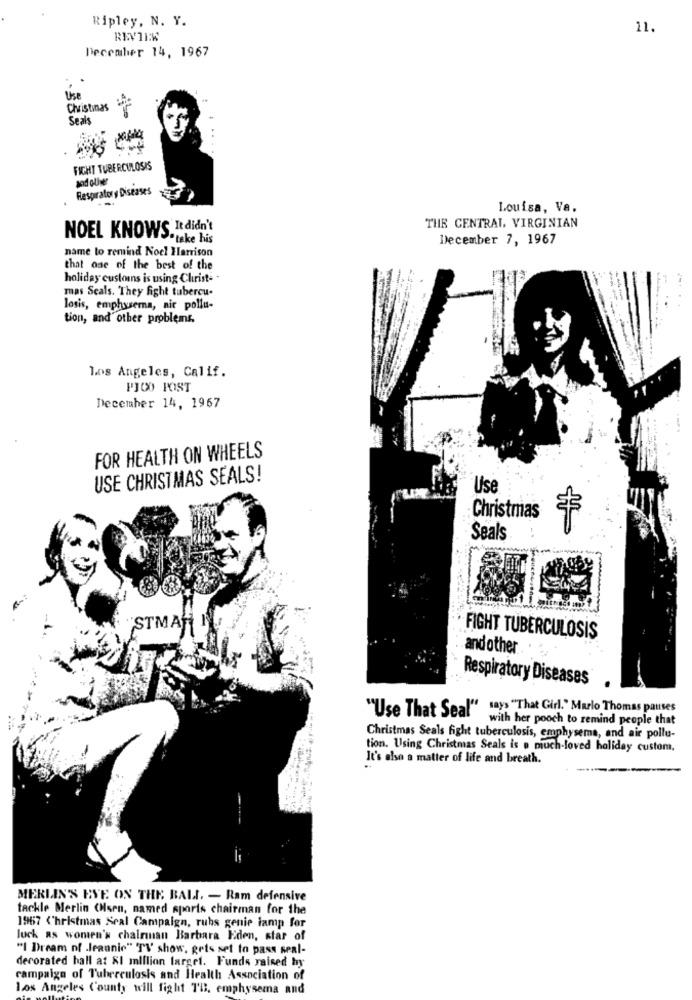
Ripley, N. Y.
11.
December 14, 1967
Christinas
Seals
FIGHT TUBERCULOSIS
sod oliwer
Respiratory Diseases
Louisa, Va.
THE CENTRAL, VIRGINIAN
NOEL KNOWS. It didn't
.take his
December 7, 1967
name to remind Nocl Harrison
that one of the best of the
holiday customns is using Christ- "
mas Seals. They fight tubercu-
losis, emphysema, air pollu-
tion, and other problems.
los Angeles, Calif.
PICO POST
December 14, 1967
FOR HEALTH ON WHEELS
USE CHRISTMAS SEALS!
Use
Christmas
Seals
FIGHT TUBERCULOSIS
andother
Respiratory Diseases
"Use That Seal" says "That Girl." Marlo Thomas pauses
with her pooch to remind people that
Christmas Seals fight tuberculosis, emphysema, and air pollu-
tion. Using Christmas Seals is » much-loved holiday custom,
It's also a matter of life and breath.
MERLIN'S EVE ON THE BALL. - Ram defensive
tackle Merlin ONsen, named sports chairman for the
1967 Christmas Seal Campaign, ruhs genie lamp for
luck as women's chairman Barbara Eden, star of
"I Dream of .leaunic" TV' show, gets set to pass seal-
decorated hall at XI million target. Funds raised hy
campaign of Tuberculosis and Health Association of
Los Angeles County will fight TH, emphysema and